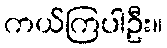
ကယ်ကြပါဦး။